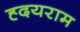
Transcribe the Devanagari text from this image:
ह्दयराम